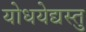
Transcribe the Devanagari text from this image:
योधयेद्यस्तु